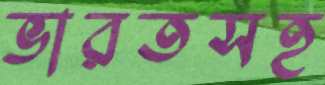
ভারতসহ